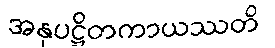
အနုပဋ္ဌိတကာယဿတိ